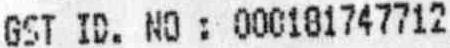
GST ID. NO : 000181747712